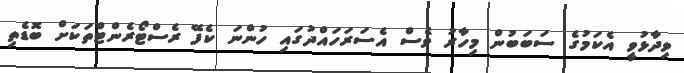
ވިދާޅުވީ އެކަމުގެ ސަބަބުން މިހާރު ވެސް އެސަރަހައްދުގައި ހުންނަ ކެފޭ ރެސްޓޯރެންޓްތަކަށް ބޮޑެތި